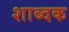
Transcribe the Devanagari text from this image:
शाब्दक